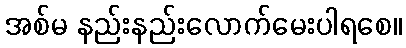
အစ်မ နည်းနည်းလောက်မေးပါရစေ။